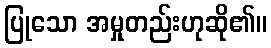
ပြုသော အမှုတည်းဟုဆို၏။